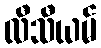
လီသီယမ်